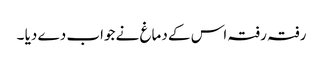
رفتہ رفتہ اس کے دماغ نے جواب دے دیا ۔